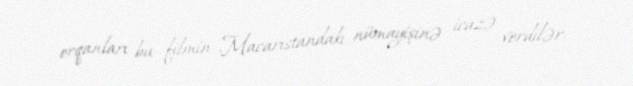
orqanları bu filmin Macarıstandakı nümayişinə icazə verdilər.